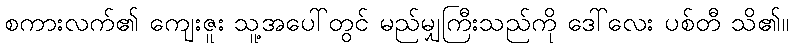
စကားလက်၏ ကျေးဇူး သူ့အပေါ်တွင် မည်မျှကြီးသည်ကို ဒေါ်လေး ပစ်တီ သိ၏။